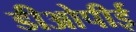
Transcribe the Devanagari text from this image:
डीओपीई